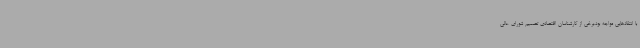
با انتقادهایی مواجه بود،برخی از کارشناسان اقتصادی تصمیم شورای عالی